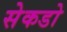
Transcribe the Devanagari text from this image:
सेकडो